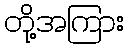
တို့အကြား